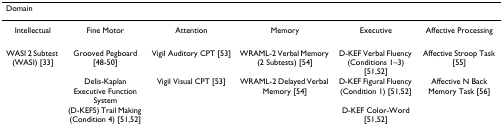
| Domain |  |  |  |  |  |
 | --- | --- | --- | --- | --- | --- |
 | Intellectual | Fine Motor | Attention | Memory | Executive | Affective Processing |
 | WASI 2 Subtest (WASI) [33] | Grooved Pegboard [48-50] | Vigil Auditory CPT [53] | WRAML-2 Verbal Memory (2 Subtests) [54] | D-KEF Verbal Fluency (Conditions 1–3) [51,52] | Affective Stroop Task [55] |
 |  | Delis-Kaplan Executive Function System | Vigil Visual CPT [53] | WRAML-2 Delayed Verbal Memory [54] | D-KEF Figural Fluency (Condition 1) [51,52] | Affective N Back Memory Task [56] |
 |  | (D-KEFS) Trail Making (Condition 4) [51,52] |  |  | D-KEF Color-Word [51,52] |  |